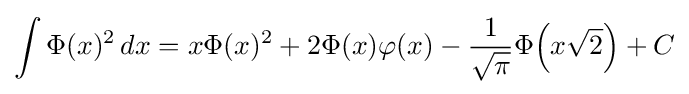
\int \Phi (x)^{2}\,dx=x\Phi (x)^{2}+2\Phi (x)\varphi (x)-{\frac {1}{\sqrt {\pi }}}\Phi {\left(x{\sqrt {2}}\right)}+C